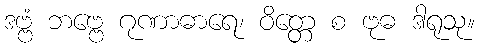
ဒဗ္ဗံ ဘဗ္ဗေ ဂုဏာဓာရေ၊ ဝိတ္တေ စ ဗုဓ ဒါရုသု။